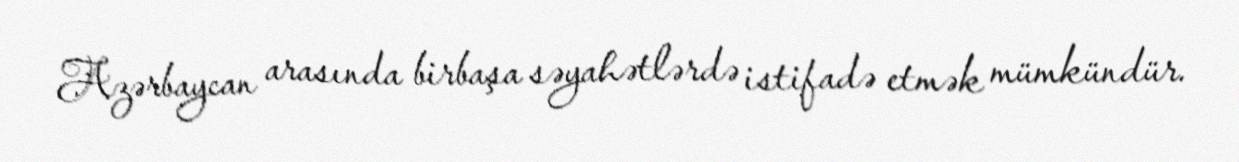
Azərbaycan arasında birbaşa səyahətlərdə istifadə etmək mümkündür.